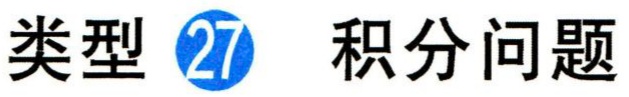
类型 \textcircled{27} 积分问题